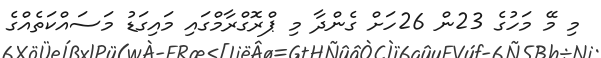
މި މޭ މަހުގެ 23ން 26ހަށް ގެންދާ މި ޕްރޮގްރާމްގައި މައިގަޑު މަސައްކަތެއްގެ